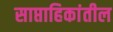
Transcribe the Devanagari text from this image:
साप्ताहिकांतील